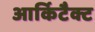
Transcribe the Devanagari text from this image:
आर्किटैक्ट